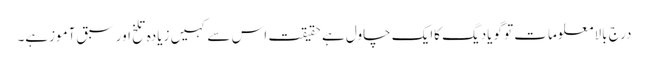
درج بالا معلومات تو گویادیگ کاایک چاول ہے حقیقت اس سے کہیں زیادہ تلخ اور سبق آموزہے۔